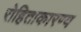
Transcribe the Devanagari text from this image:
रोहिताकारण्य